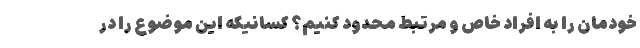
خودمان را به افراد خاص و مرتبط محدود کنیم؟ کسانیکه این موضوع را در